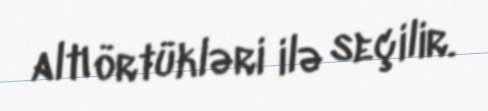
altı örtükləri ilə seçilir.